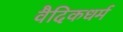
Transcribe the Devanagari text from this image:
वैदिकधर्म